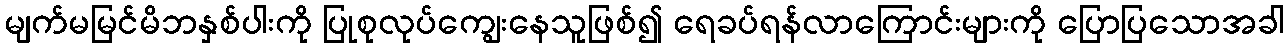
မျက်မမြင်မိဘနှစ်ပါးကို ပြုစုလုပ်ကျွေးနေသူဖြစ်၍ ရေခပ်ရန်လာကြောင်းများကို ပြောပြသောအခါ